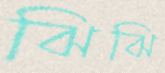
ঝিঝি